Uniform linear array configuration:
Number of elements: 4
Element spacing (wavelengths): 0.5
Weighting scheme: uniform
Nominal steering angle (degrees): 30
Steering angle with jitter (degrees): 30.991
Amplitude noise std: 0.05
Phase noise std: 0.05

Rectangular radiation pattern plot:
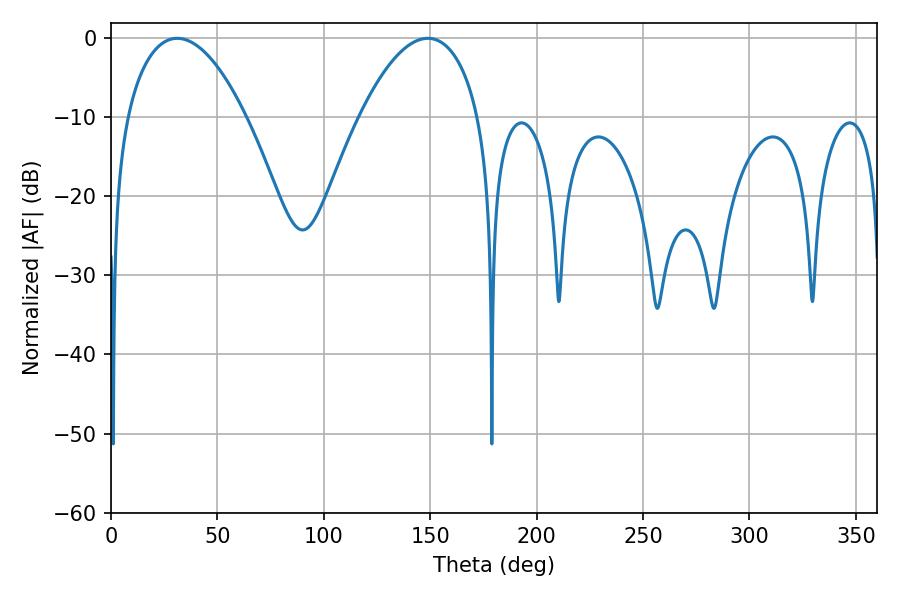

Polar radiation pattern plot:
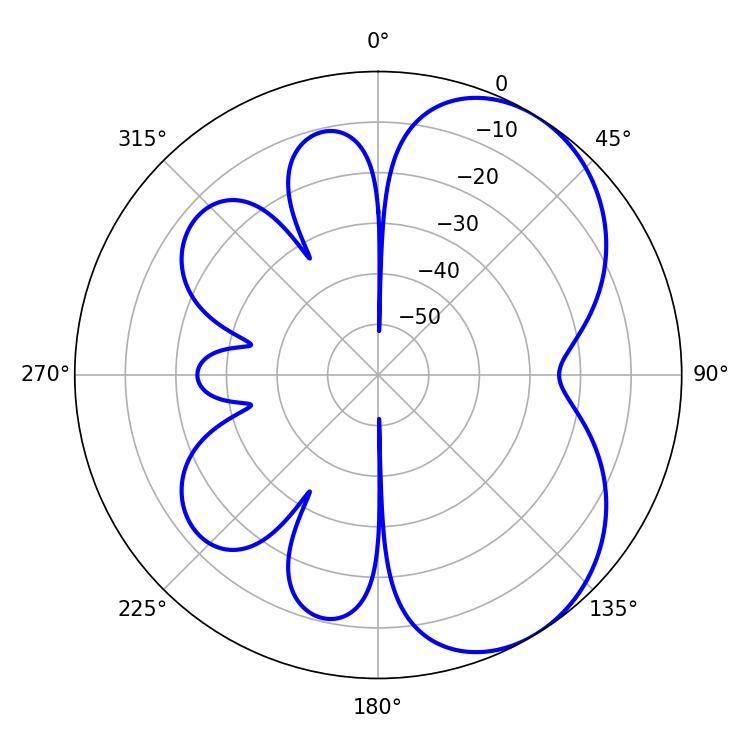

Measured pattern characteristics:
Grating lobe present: FALSE
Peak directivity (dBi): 5.329
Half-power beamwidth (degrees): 31.32
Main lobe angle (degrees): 31.14